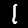
Label: 1